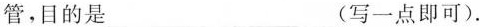
管，目的是___(写一点即可).